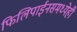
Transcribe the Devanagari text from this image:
फिलिपाईनसमध्येही